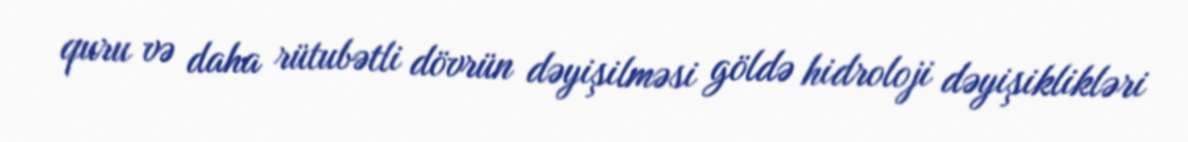
quru və daha rütubətli dövrün dəyişilməsi göldə hidroloji dəyişiklikləri